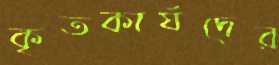
কৃতকার্যদের